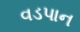
વડપાન